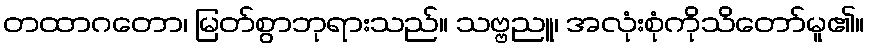
တထာဂတော၊ မြတ်စွာဘုရားသည်။ သဗ္ဗညူ၊ အလုံးစုံကိုသိတော်မူ၏။